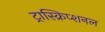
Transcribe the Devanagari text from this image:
ट्रास्क्रिप्शनल